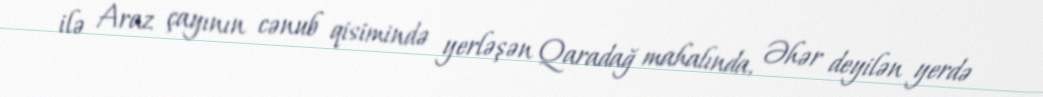
ilə Araz çayının cənub qisimində yerləşən Qaradağ mahalında, Əhər deyilən yerdə